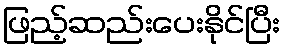
ဖြည့်ဆည်းပေးနိုင်ပြီး